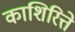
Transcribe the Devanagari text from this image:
काशिरित्ते